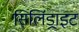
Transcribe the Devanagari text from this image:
सिलिंड्राइट